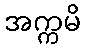
အက္ကမိ